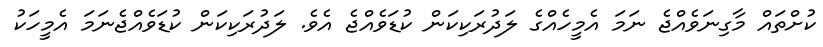
ކުށްތައް މާގިނަވެއްޖެ ނަމަ އެމީހެއްގެ ލަދުރަކިކަން ކުޑަވެއްޖެ އެވެ. ލަދުރަކިކަން ކުޑަވެއްޖެނަމަ އެމީހަކު